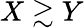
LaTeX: X\gtrsim Y